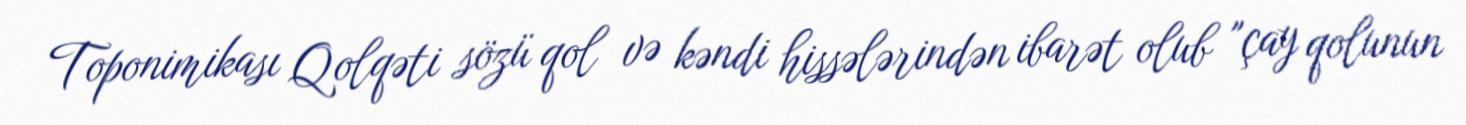
Toponimikası Qolqəti sözü qol və kəndi hissələrindən ibarət olub "çay qolunun